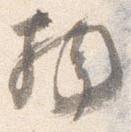
物